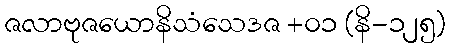
ဇလာဗုဇယောနိသံသေဒဇ +၀၁ (နိ-၁၂၅)